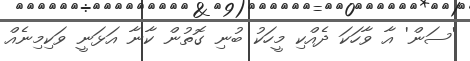
'ސަން' އާ ވާހަކަ ދެއްކި މީހަކު ބުނި ގޮތުން ކާނާ އަޅަނީ ވަކިމިނެއް